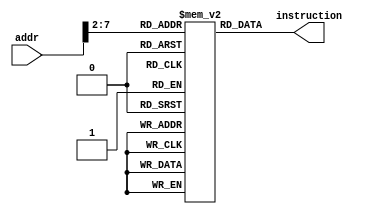
`timescale 1ns / 1ps
//////////////////////////////////////////////////////////////////////////////////
// Company: 
// Engineer: 
// 
// Design Name: 
// Module Name: InstMem
// Project Name: 
// Target Devices: 
// Tool Versions: 
// Description: 
// 
// Dependencies: 
// 
// Revision:
// Revision 0.01 - File Created
// Additional Comments:
// 
//////////////////////////////////////////////////////////////////////////////////

// Module, I/0 Definition
module InstMem(input [7:0] addr, output wire [31:0] instruction);

    // Define instruction memory as a 2D array with the name of "memory"
    reg [31:0] memory [63:0];

    initial begin // Start
    
        // Define the Instruction memory modules ' behaviour
        memory[0]   =   32'h00007033;       // and r0, r0, r0 32'h00000000
        memory[1]   =   32'h00100093;       // addi r1, r0, 1 32'h00000001
        memory[2]   =   32'h00200113;       // addi r2, r0, 2 32'h00000002
        memory[3]   =   32'h00308193;       // addi r3, r1, 3 32'h00000004
        memory[4]   =   32'h00408213;       // addi r4, r1, 4 32'h00000005
        memory[5]   =   32'h00510293;       // addi r5, r2, 5 32'h00000007
        memory[6]   =   32'h00610313;       // addi r6, r2, 6 32'h00000008
        memory[7]   =   32'h00718393;       // addi r7, r3, 7 32'h0000000B
        memory[8]   =   32'h00208433;       // add r8, r1, r2 32'h00000003
        memory[9]   =   32'h404404b3;       // sub r9, r8, r4 32'hfffffffe
        memory[10]  =   32'h00317533;       // and r10, r2, r3 32'h00000000
        memory[11]  =   32'h0041e5b3;       // or r11, r3, r4 32'h00000005
        memory[12]  =   32'h0041a633;       // if r3 is less than r4 then r12 = 1 32'h00000001
        memory[13]  =   32'h007346b3;       // nor r13, r6, r7 32'hfffffff4
        memory[14]  =   32'h4d34f713;       // andi r14, r9, "4D3" 32'h000004D2
        memory[15]  =   32'h8d35e793;       // ori r15, r11, "8d3" 32'hfffff8d7
        memory[16]  =   32'h4d26a813;       // if r13 is less than 32'h000004D2 then r16 = 1 32'h00000001
        memory[17]  =   32'h4d244893;       // nori r17, r8, "4D2" 32'hfffffb2C
        memory[18]  =   32'h02b02823;       // sw r11, 48(r0) alu result = 32'h00000030
        memory[19]  =   32'h03002603;       // lw r12, 48(r0) alu result = 32'h00000030 r12 = 32'h00000005
    
    end // End

    // Set instruction to be the current instruction memory
    assign instruction = memory[addr[7:2]];

endmodule // End InstrMem